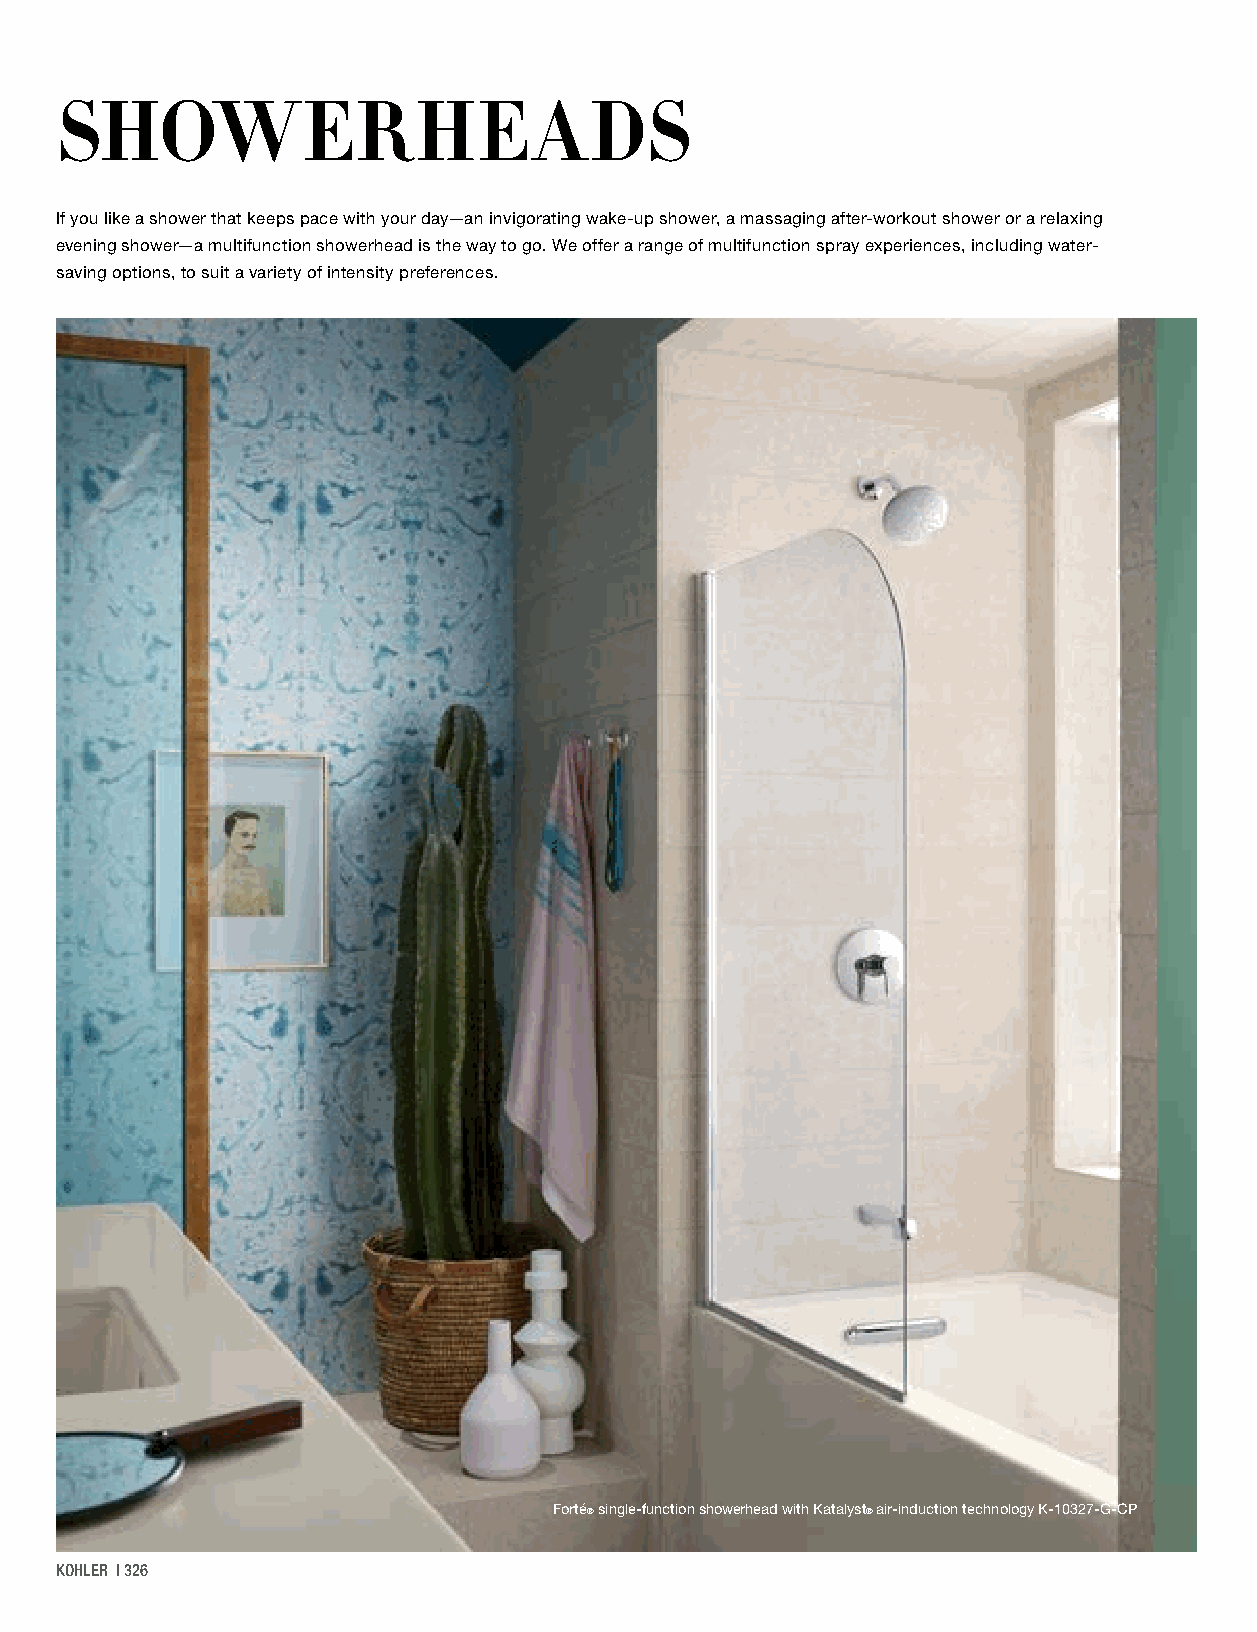
SHOWERHEADS
 If you like a shower that keeps pace with your day—an invigorating wake-up shower, a massaging after-workout shower or a relaxing
 evening shower—a multifunction showerhead is the way to go. We offer a range of multifunction spray experiences, including water-
 saving options, to suit a variety of intensity preferences.
 Forté® single-function showerhead with Katalyst® air-induction technology K-10327-G-CP
 KOHLER | 326